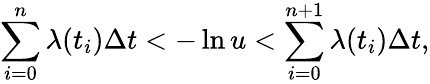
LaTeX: \sum_{i=0}^{n}\lambda(t_{i})\Delta t<-\ln u<\sum_{i=0}^{n+1}\lambda(t_{i})\Delta t,